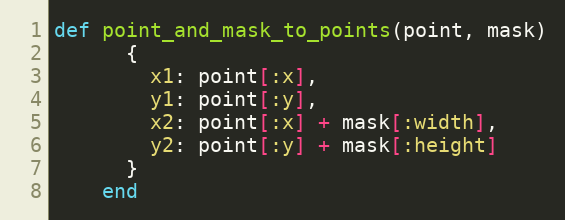
Language: Ruby
def point_and_mask_to_points(point, mask)
      {
        x1: point[:x],
        y1: point[:y],
        x2: point[:x] + mask[:width],
        y2: point[:y] + mask[:height]
      }
    end